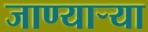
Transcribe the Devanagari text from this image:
जाण्यार्‍या